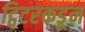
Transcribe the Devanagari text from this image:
ट्विटरकडून